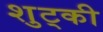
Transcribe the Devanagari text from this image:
शुट्की